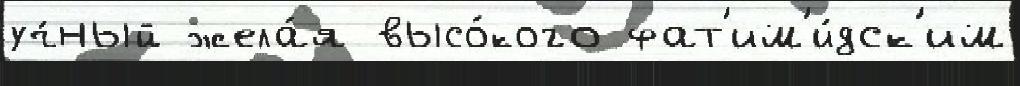
уч́ный жела́я высо́кого фат'им'и́дск'им